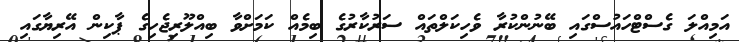
އަމިއްލަ ގެސްޓްހައުސްގައި ބޭނުންކުރާ ވެހިކަލްތައް ސަރުކާރުގެ ބިމެއް ކަމަށްވާ ބިއްލޫރިޖެހިގެ ޕާކިން އޭރިޔާގައި